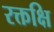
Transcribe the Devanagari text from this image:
रक्तक्षि